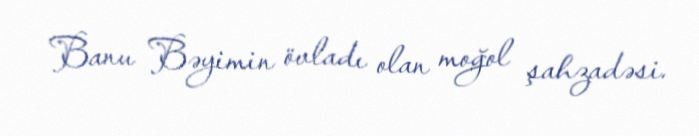
Banu Bəyimin övladı olan moğol şahzadəsi.